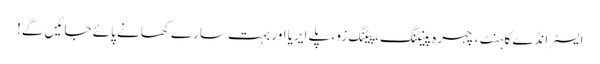
ایسٹر انڈے کا ہنٹ ، چہرہ پینٹنگ ، پیٹنگ زو ، پلے ایریا اور بہت سارے کھانے پائے جائیں گے!